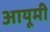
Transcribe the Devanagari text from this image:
आयूमी